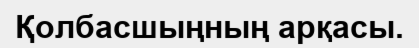
Қолбасшыңның арқасы.